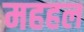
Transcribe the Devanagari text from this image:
महहल